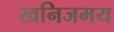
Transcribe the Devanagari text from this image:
खनिजमय